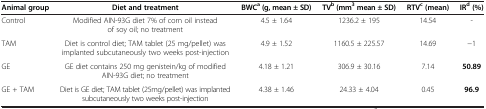
<table><thead><tr><td><b>Animal group</b></td><td><b>Diet and treatment</b></td><td><b>BWC<sup>a </sup>(g, mean ± SD)</b></td><td><b>TV<sup>b </sup>(mm<sup>3 </sup>mean ± SD)</b></td><td><b>RTV<sup>c </sup>(mean)</b></td><td><b>IR<sup>d </sup>(%)</b></td></tr></thead><tbody><tr><td>Control</td><td>Modified AIN-93G diet 7% of corn oil instead of soy oil; no treatment</td><td>4.5 ± 1.64</td><td>1236.2 ± 195</td><td>14.54</td><td>-</td></tr><tr><td>TAM</td><td>Diet is control diet; TAM tablet (25 mg/pellet) was implanted subcutaneously two weeks post-injection</td><td>4.9 ± 1.52</td><td>1160.5 ± 225.57</td><td>14.69</td><td>−1</td></tr><tr><td>GE</td><td>GE diet contains 250 mg genistein/kg of modified AIN-93G diet; no treatment</td><td>4.18 ± 1.21</td><td>306.9 ± 30.16</td><td>7.14</td><td><b>50.89</b></td></tr><tr><td>GE + TAM</td><td>Diet is GE diet; TAM tablet (25mg/pellet) was implanted subcutaneously two weeks post-injection</td><td>4.38 ± 1.46</td><td>24.33 ± 4.04</td><td>0.45</td><td><b>96.9</b></td></tr></tbody></table>